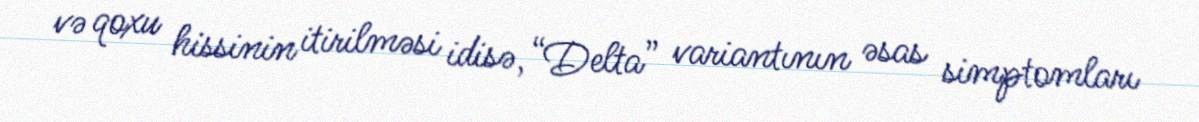
və qoxu hissinin itirilməsi idisə, “Delta” variantının əsas simptomları